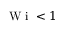
\mathrm { ~ W ~ i ~ } < 1